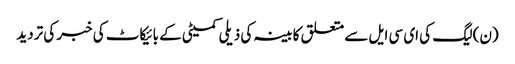
(ن) لیگ کی ای سی ایل سے متعلق کابینہ کی ذیلی کمیٹی کے بائیکاٹ کی خبر کی تردید